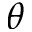
\theta